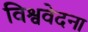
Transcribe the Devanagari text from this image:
विश्ववेदना